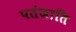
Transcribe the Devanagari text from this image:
पतंजाति